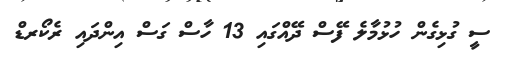
ސީ ގުޅިގެން ހުޅުމާލެ ފޭސް ދޭއްގައި 13 ހާސް ގަސް އިންދައި ރެކޯރޑް